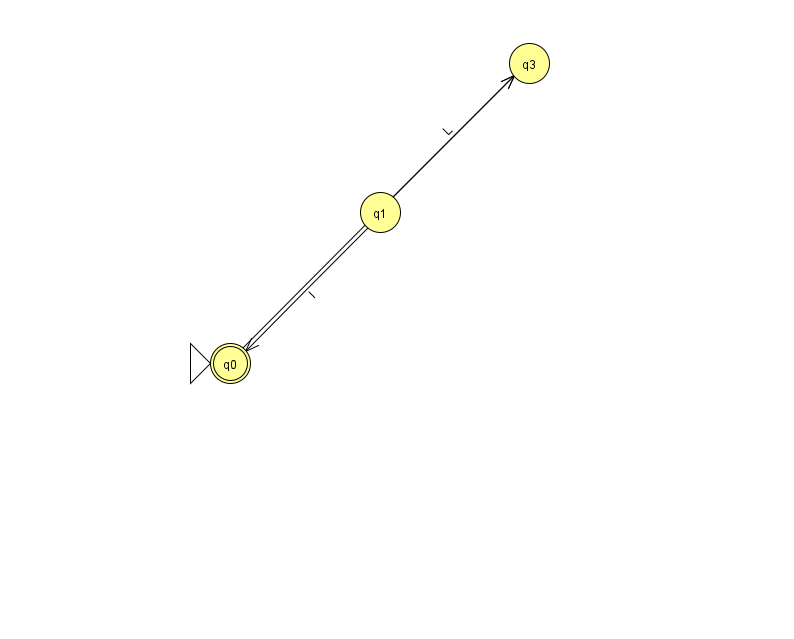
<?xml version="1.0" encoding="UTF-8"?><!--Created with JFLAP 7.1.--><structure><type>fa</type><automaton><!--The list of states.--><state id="0" name="q0"><x>230.0</x><y>350.0</y><initial/><final/></state><state id="1" name="q1"><x>380.0</x><y>199.0</y></state><state id="3" name="q3"><x>529.0</x><y>50.0</y></state><!--The list of transitions.--><transition><from>1</from><to>3</to><read>L</read></transition><transition><from>1</from><to>0</to><read>I</read></transition><transition><from>0</from><to>3</to><read>b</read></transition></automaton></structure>